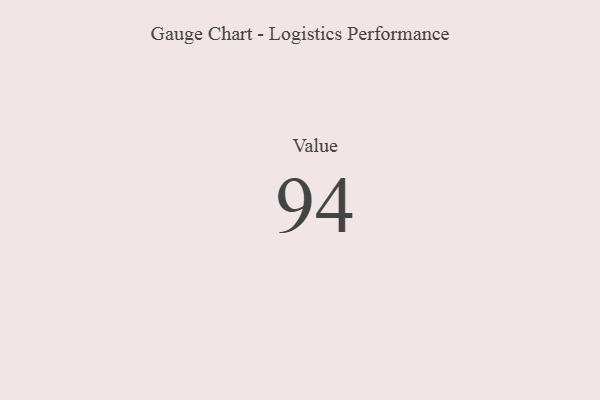
{"axis": {"x": "Metric", "y": "Value"}, "legend": [""], "data": [{"x": "Value", "y": 94, "type": ""}]}